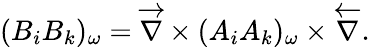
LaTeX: (B_{i}B_{k})_{\omega}=\overrightarrow{{\mathbf\nabla}}\times(A_{i}A_{k})_{\omega}\times\overleftarrow{{\mathbf\nabla}}.